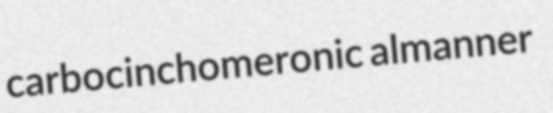
carbocinchomeronic almanner